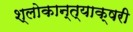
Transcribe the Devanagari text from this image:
श्लोकान्त्याक्षरी